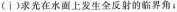
(Ⅰ)求光在水面上发生全反射的临界角；